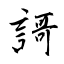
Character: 謌